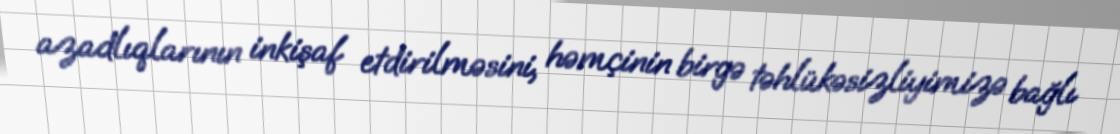
azadlıqlarının inkişaf etdirilməsini, həmçinin birgə təhlükəsizliyimizə bağlı